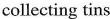
collecting tins